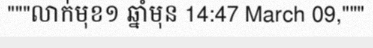
"""លាក់មុខ១ ឆ្នាំមុន 14:47 March 09,"""